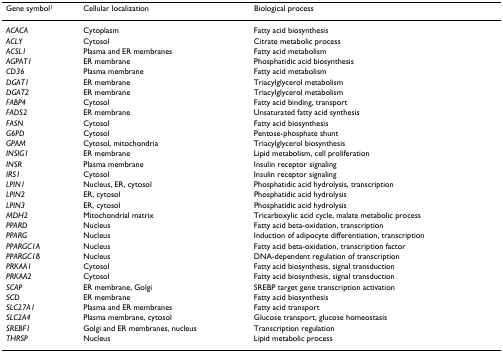
<table><thead><tr><td><b>Gene symbol<sup>1</sup></b></td><td><b>Cellular localization</b></td><td><b>Biological process</b></td></tr></thead><tbody><tr><td><i>ACACA</i></td><td>Cytoplasm</td><td>Fatty acid biosynthesis</td></tr><tr><td><i>ACLY</i></td><td>Cytosol</td><td>Citrate metabolic process</td></tr><tr><td><i>ACSL1</i></td><td>Plasma and ER membranes</td><td>Fatty acid metabolism</td></tr><tr><td><i>AGPAT1</i></td><td>ER membrane</td><td>Phosphatidic acid biosynthesis</td></tr><tr><td><i>CD36</i></td><td>Plasma membrane</td><td>Fatty acid metabolism</td></tr><tr><td><i>DGAT1</i></td><td>ER membrane</td><td>Triacylglycerol metabolism</td></tr><tr><td><i>DGAT2</i></td><td>ER membrane</td><td>Triacylglycerol metabolism</td></tr><tr><td><i>FABP4</i></td><td>Cytosol</td><td>Fatty acid binding, transport</td></tr><tr><td><i>FADS2</i></td><td>ER membrane</td><td>Unsaturated fatty acid synthesis</td></tr><tr><td><i>FASN</i></td><td>Cytosol</td><td>Fatty acid biosynthesis</td></tr><tr><td><i>G6PD</i></td><td>Cytosol</td><td>Pentose-phosphate shunt</td></tr><tr><td><i>GPAM</i></td><td>Cytosol, mitochondria</td><td>Triacylglycerol biosynthesis</td></tr><tr><td><i>INSIG1</i></td><td>ER membrane</td><td>Lipid metabolism, cell proliferation</td></tr><tr><td><i>INSR</i></td><td>Plasma membrane</td><td>Insulin receptor signaling</td></tr><tr><td><i>IRS1</i></td><td>Cytosol</td><td>Insulin receptor signaling</td></tr><tr><td><i>LPIN1</i></td><td>Nucleus, ER, cytosol</td><td>Phosphatidic acid hydrolysis, transcription</td></tr><tr><td><i>LPIN2</i></td><td>ER, cytosol</td><td>Phosphatidic acid hydrolysis</td></tr><tr><td><i>LPIN3</i></td><td>ER, cytosol</td><td>Phosphatidic acid hydrolysis</td></tr><tr><td><i>MDH2</i></td><td>Mitochondrial matrix</td><td>Tricarboxylic acid cycle, malate metabolic process</td></tr><tr><td><i>PPARD</i></td><td>Nucleus</td><td>Fatty acid beta-oxidation, transcription</td></tr><tr><td><i>PPARG</i></td><td>Nucleus</td><td>Induction of adipocyte differentiation, transcription</td></tr><tr><td><i>PPARGC1A</i></td><td>Nucleus</td><td>Fatty acid beta-oxidation, transcription factor</td></tr><tr><td><i>PPARGC1B</i></td><td>Nucleus</td><td>DNA-dependent regulation of transcription</td></tr><tr><td><i>PRKAA1</i></td><td>Cytosol</td><td>Fatty acid biosynthesis, signal transduction</td></tr><tr><td><i>PRKAA2</i></td><td>Cytosol</td><td>Fatty acid biosynthesis, signal transduction</td></tr><tr><td><i>SCAP</i></td><td>ER membrane, Golgi</td><td>SREBP target gene transcription activation</td></tr><tr><td><i>SCD</i></td><td>ER membrane</td><td>Fatty acid biosynthesis</td></tr><tr><td><i>SLC27A1</i></td><td>Plasma and ER membranes</td><td>Fatty acid transport</td></tr><tr><td><i>SLC2A4</i></td><td>Plasma membrane, cytosol</td><td>Glucose transport, glucose homeostasis</td></tr><tr><td><i>SREBF1</i></td><td>Golgi and ER membranes, nucleus</td><td>Transcription regulation</td></tr><tr><td><i>THRSP</i></td><td>Nucleus</td><td>Lipid metabolic process</td></tr></tbody></table>